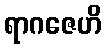
ရာဂဇေဟိ